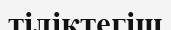
тіліктегіш